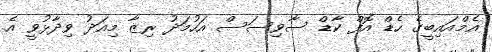
އެމްއައިބީގެ ހެޑް އޮފް ކާޑް ސާވިސަސް އަހުމަދު ރިޒާ މިއަދު ވިދާޅުވީ އެ